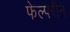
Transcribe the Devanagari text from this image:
फेल्परीन